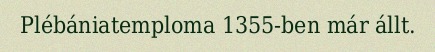
Plébániatemploma 1355-ben már állt.